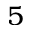
5